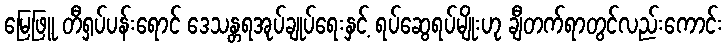
မြေဖြူ တီရှပ်ပန်းရောင် ဒေသန္တရအုပ်ချုပ်ရေးနှင့် ရပ်ဆွေရပ်မျိုးဟု ချီတက်ရာတွင်လည်းကောင်း